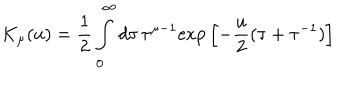
K _ { \mu } ( u ) = \frac 1 2 \int _ { 0 } ^ { \infty } d \tau \, \tau ^ { \mu - 1 } \mathrm { e x p } \left[ - \frac u 2 ( \tau + \tau ^ { - 1 } ) \right]